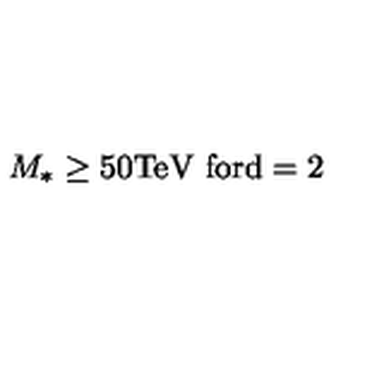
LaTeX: M _ { * } \geq 5 0 \mathrm { T e V } \ \mathrm { f o r d = 2 }